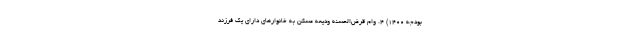
بودجه ۱۴۰۰) ۴. وام قرض‌الحسنه ودیعه مسکن به خانوارهای دارای یک فرزند